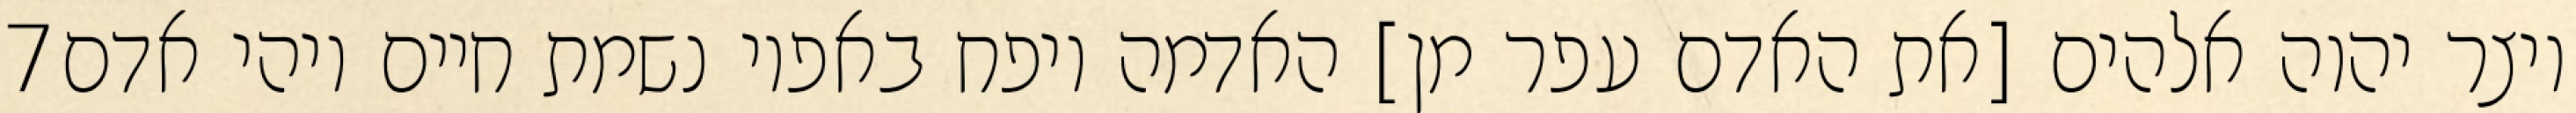
‎7‏ ויצר יהוה אלהים [את האדם עפר מן] האדמה ויפח באפיו נשמת חיים ויהי אדם